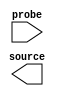
module issp (
		output wire [3:0]  source, // sources.source
		input  wire [47:0] probe   //  probes.probe
	);
endmodule